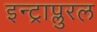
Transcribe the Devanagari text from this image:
इन्ट्राप्लुरल